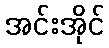
အင်းအိုင်